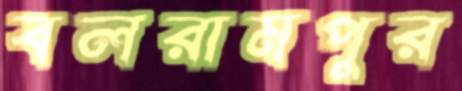
বলরামপুর